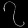
Digit: ၇